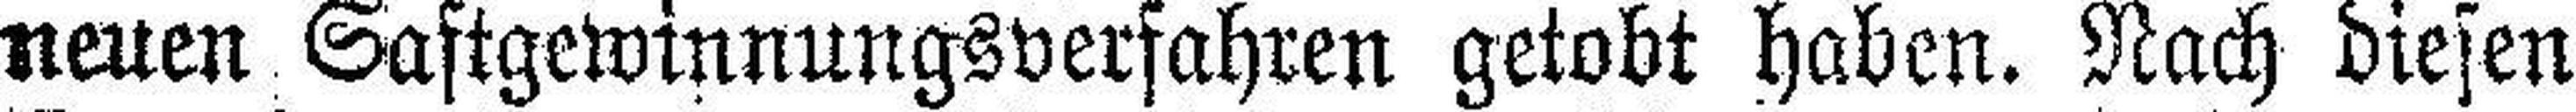
neuen Saftgewinnungsverfahren getobt haben. Nach diesen